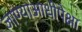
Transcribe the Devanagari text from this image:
जाण्याआधीपेक्षा